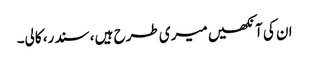
ان کی آنکھیں میری طرح ہیں ، سندر، کالی۔